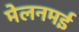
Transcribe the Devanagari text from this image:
मेलनमई